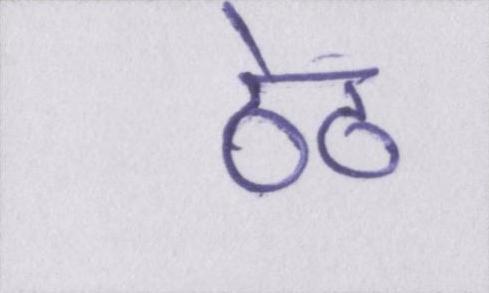
ठेठ